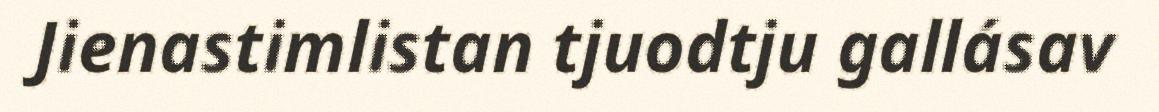
Jienastimlistan tjuodtju gallásav